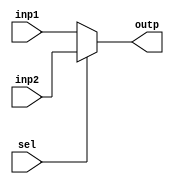
`timescale 1ns / 1ps
//////////////////////////////////////////////////////////////////////////////////
// Company: 
// Engineer: 
// 
// Design Name: 
// Module Name:    mux5bit 
// Project Name: 
// Target Devices: 
// Tool versions: 
// Description: 
//
// Dependencies: 
//
// Revision: 
// Revision 0.01 - File Created
// Additional Comments: 
//
//////////////////////////////////////////////////////////////////////////////////
module mux5bit(input [4:0] inp1, input [4:0] inp2, input sel, output [4:0] outp
    );
assign outp = (sel==1'b0) ? inp1 : inp2;

endmodule